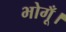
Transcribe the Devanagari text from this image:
भोगूँ।